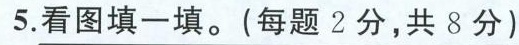
5.看图填一填。(每题2分，共8分)